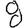
Digit: 8